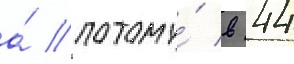
а́ потому́ в 44